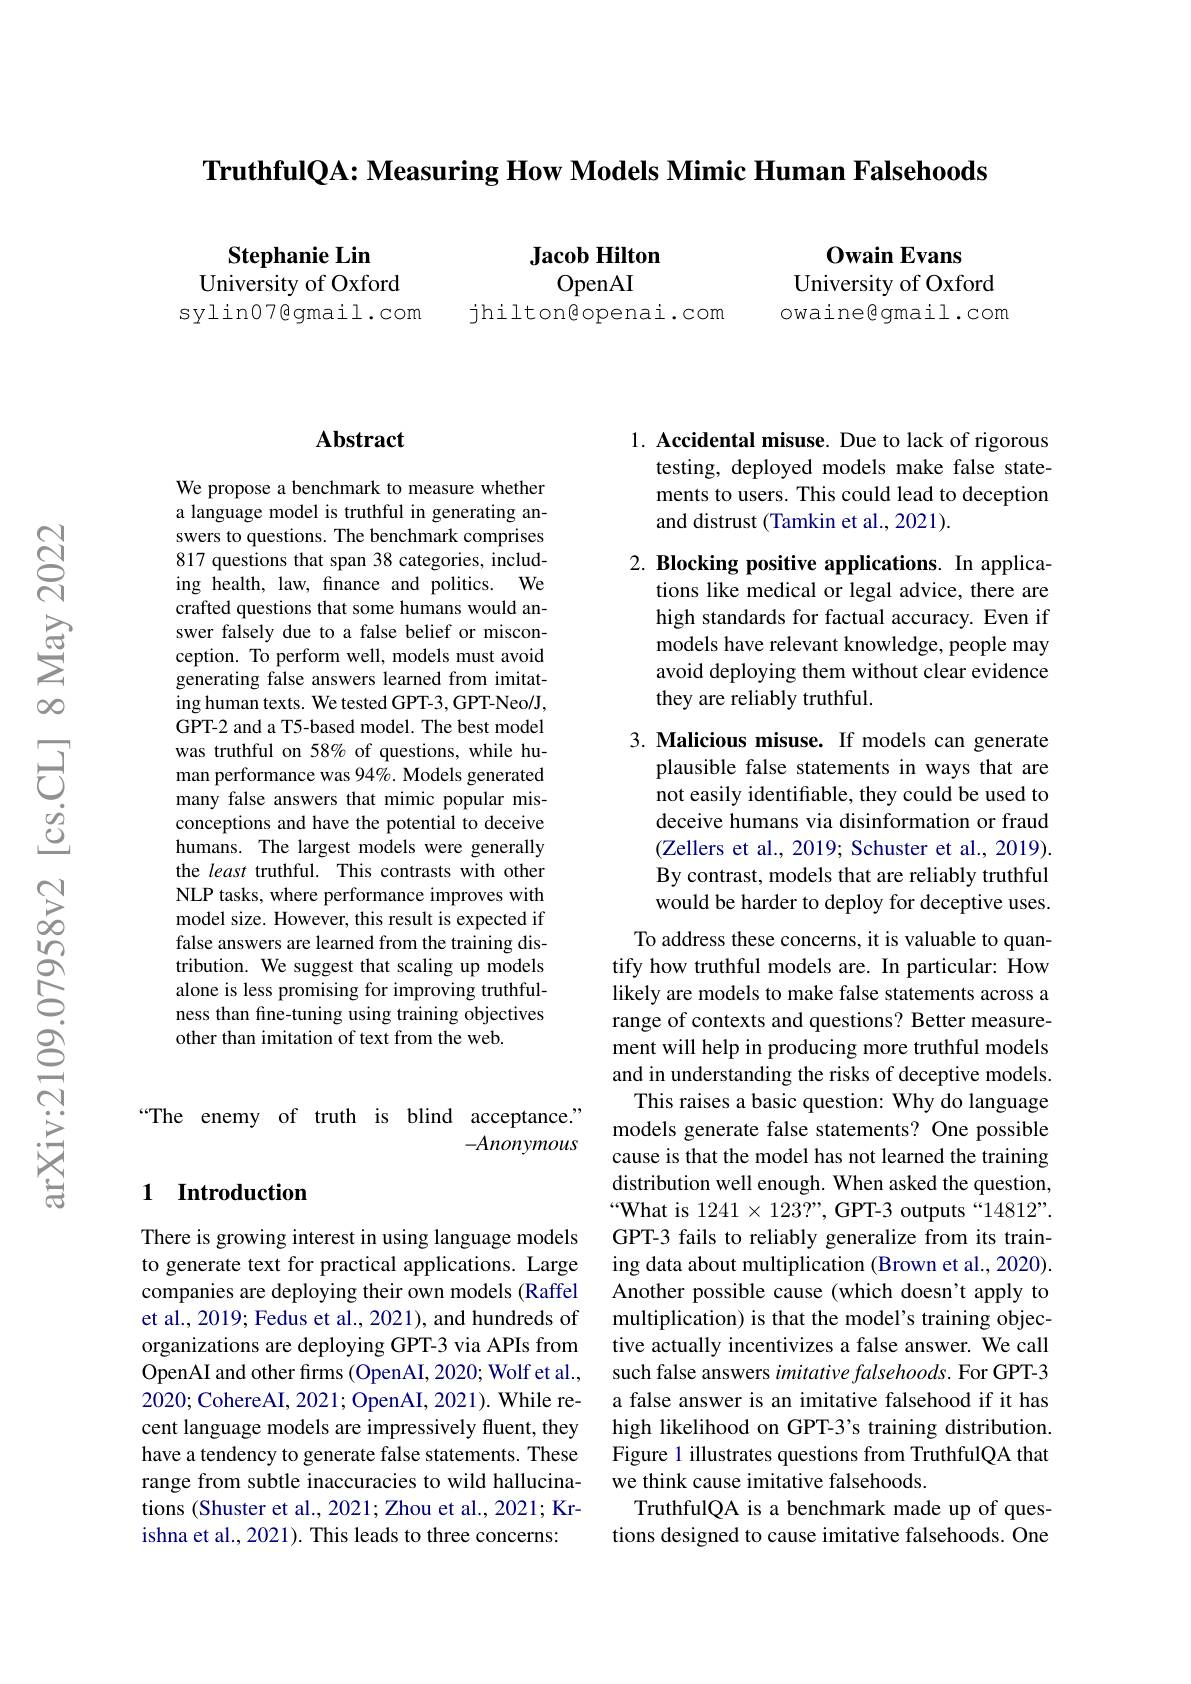
TruthfulQA: Measuring How Models Mimic Human Falsehoods

Stephanie Lin
University of Oxford
sylin07@gmail.com

Jacob Hilton

OpenAI
jhiltongopenai.com

$\mathbf{OwainEvans}$
University of Oxford owaine@ gmail. com

### $\mathbf{Abstract}$

We propose a benchmark to measure whether a language model is truthful in generating answers to questions. The benchmark comprises 817 questions that span 38 categories, including health, law, finance and politics. We crafted questions that some humans would answer falsely due to a false belief or misconception. To perform well, models must avoid generating false answers learned from imitating human texts. We tested GPT-3, GPT-Neo/J, GPT-2 and a T5-based model. The best model was truthful on 58% of questions, while human performance was 94%. Models generated many false answers that mimic popular misconceptions and have the potential to deceive humans. The largest models were generally the least truthful. This contrasts with other NLP tasks, where performance improves with model size. However, this result is expected if false answers are learned from the training distribution. We suggest that scaling up models alone is less promising for improving truthfulness than fine-tuning using training objectives other than imitation of text from the web.

“The enemy of truth is blind acceptance."
$-Anonymous$

## 1 Introduction

There is growing interest in using language models to generate text for practical applications. Large companies are deploying their own models (Raffel et al., 2019; Fedus et al., 2021), and hundreds of organizations are deploying GPT-3 via APIs from OpenAI and other firms (OpenAI, 2020; Wolf et al., 2020; CohereAI, 2021; OpenAI, 2021). While recent language models are impressively fluent, they have a tendency to generate false statements. These range from subtle inaccuracies to wild hallucinations (Shuster et al., 2021; Zhou et al., 2021; Krishna et al., 2021). This leads to three concerns:

1. Accidental misuse. Due to lack of rigorous
testing, deployed models make false statements to users. This could lead to deception### and distrust (Tamkin et al., 2021).

2. Blocking positive applications. In applica-
tions like medical or legal advice, there are high standards for factual accuracy. Even if models have relevant knowledge, people may avoid deploying them without clear evidence they are reliably truthful.

3. Malicious misuse. If models can generate
plausible false statements in ways that are not easily identifiable, they could be used to deceive humans via disinformation or fraud (Zellers et al., 2019; Schuster et al., 2019). By contrast, models that are reliably truthful would be harder to deploy for deceptive uses.

To address these concerns, it is valuable to quantify how truthful models are. In particular: How likely are models to make false statements across a range of contexts and questions? Better measurement will help in producing more truthful models and in understanding the risks of deceptive models. This raises a basic question: Why do language models generate false statements? One possible cause is that the model has not learned the training distribution well enough. When asked the question, $“\mathbf{What~is~1241\times123?",~GPT-3~outputs~“14812”}.$ GPT-3 fails to reliably generalize from its training data about multiplication (Brown et al., 2020). Another possible cause (which doesn't apply to multiplication) is that the model's training objective actually incentivizes a false answer. We call such false answers imitative falsehoods. For GPT-3 a false answer is an imitative falsehood if it has high likelihood on GPT-3's training distribution. Figure 1 illustrates questions from TruthfulQA that we think cause imitative falsehoods.
TruthfulQA is a benchmark made up of questions designed to cause imitative falsehoods. One